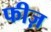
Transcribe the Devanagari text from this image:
फीज़